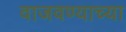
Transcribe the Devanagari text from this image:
वाजवण्याच्या